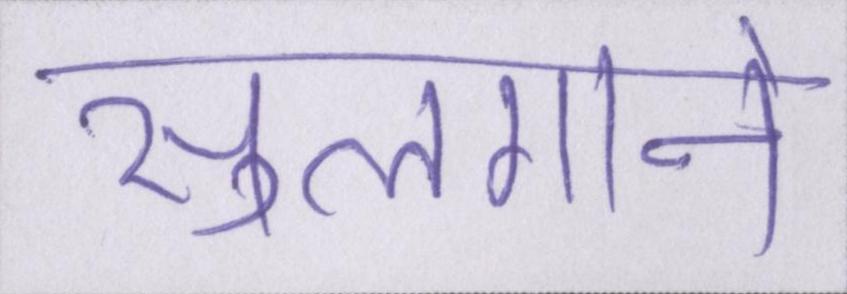
सुलगाने